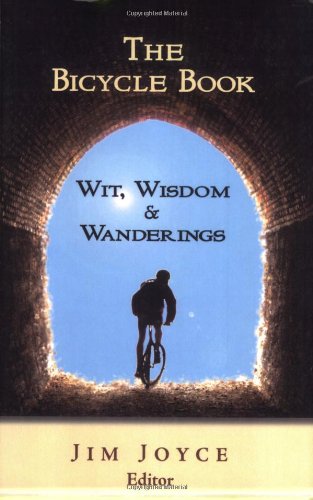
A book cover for The Bicycle Book: Wit, Wisdom and Wanderings; Thomas Hylton; Humor & Entertainment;